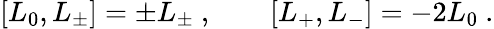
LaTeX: [L_{0},L_{\pm}]=\pm L_{\pm}\ ,\qquad[L_{+},L_{-}]=-2L_{0}\ .